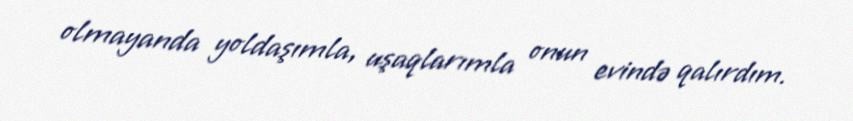
olmayanda yoldaşımla, uşaqlarımla onun evində qalırdım.